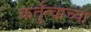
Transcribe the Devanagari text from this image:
कर्तुत्वाच्या